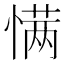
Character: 𰒆